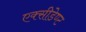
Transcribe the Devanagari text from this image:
एक्सीडेण्ट